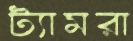
ট্যামরা